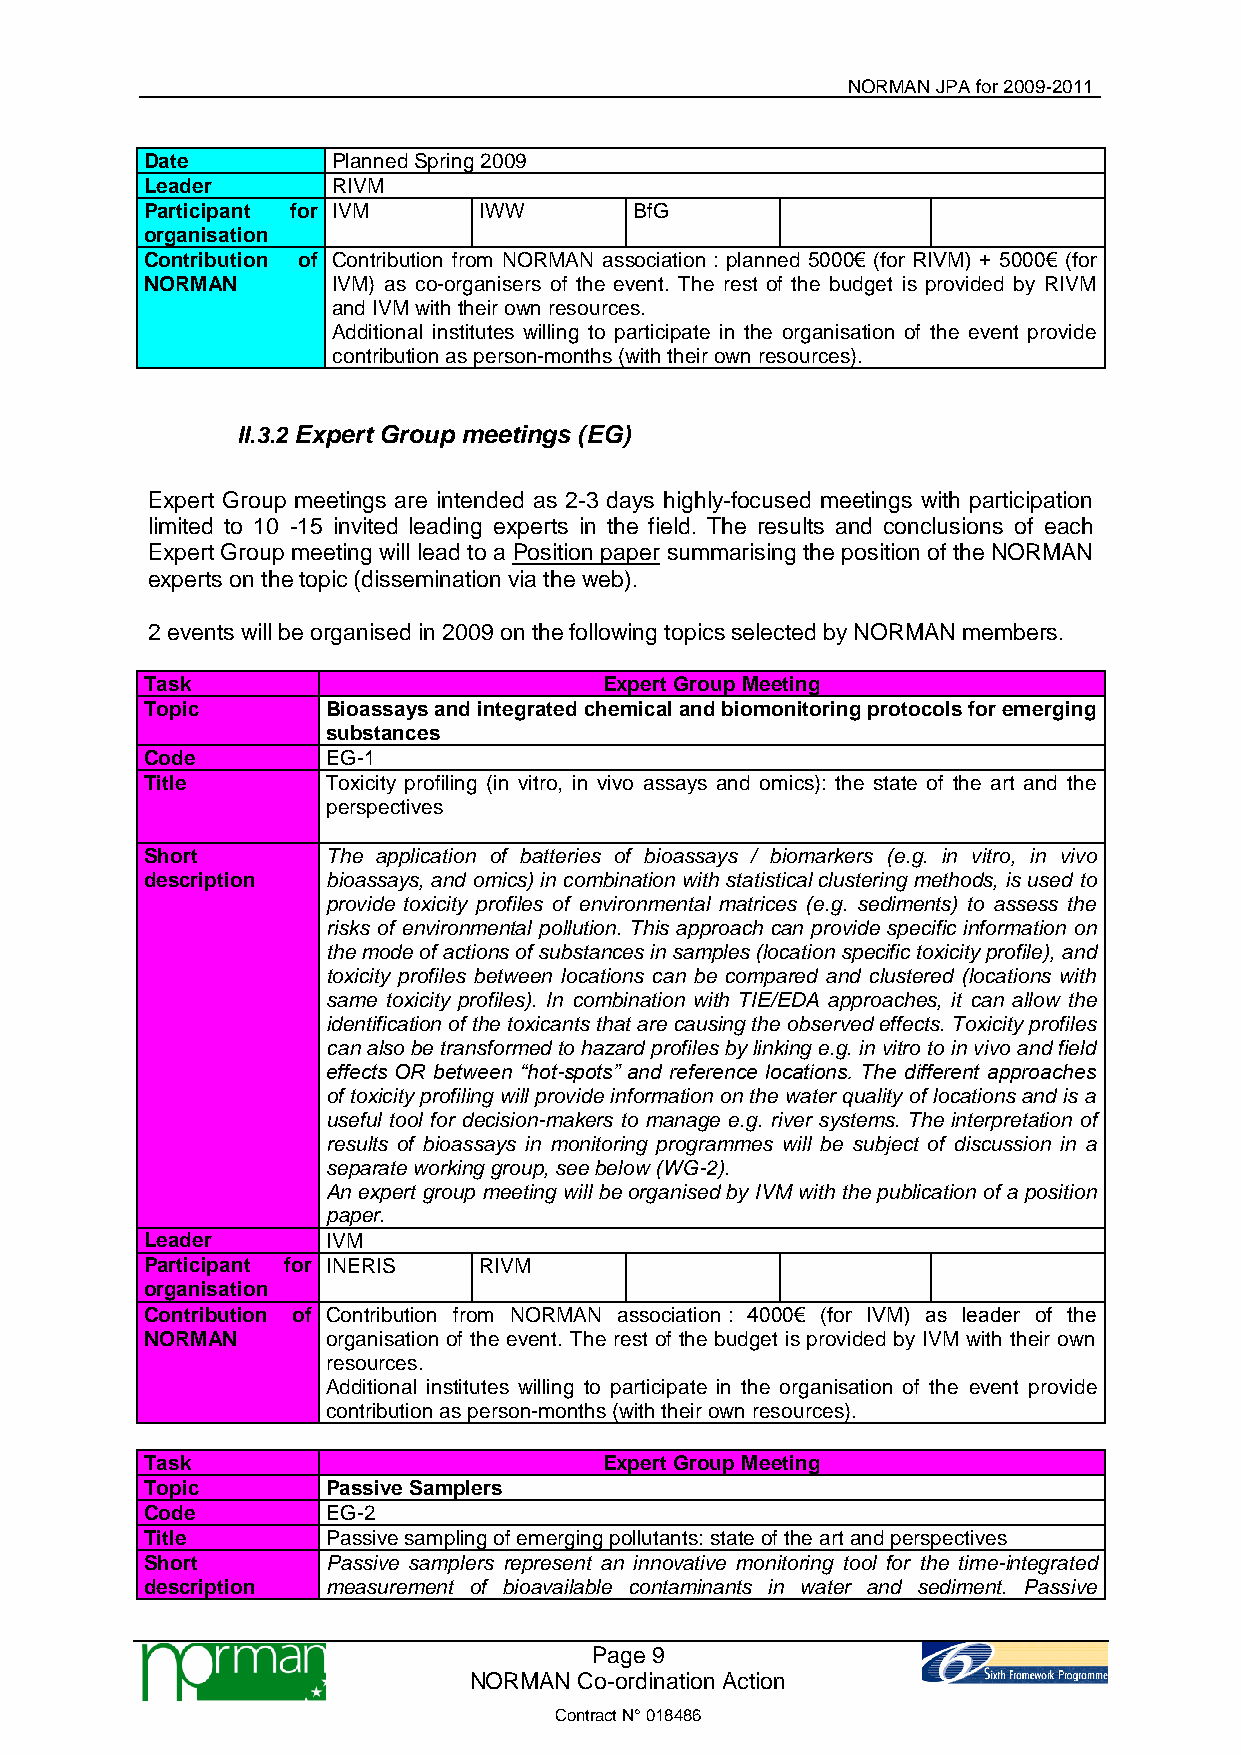
NORMAN JPA for 2009-2011
 Date        Planned Spring 2009
 Leader      RIVM
 Participant for IVM   IWW       BfG
 organisation
 Contribution of Contribution from NORMAN association : planned 5000€ (for RIVM) + 5000€ (for
 NORMAN      IVM) as co-organisers of the event. The rest of the budget is provided by RIVM
 and IVM with their own resources.
 Additional institutes willing to participate in the organisation of the event provide
 contribution as person-months (with their own resources).
 II.3.2 Expert Group meetings (EG)
 Expert Group meetings are intended as 2-3 days highly-focused meetings with participation
 limited to 10 -15 invited leading experts in the field. The results and conclusions of each
 Expert Group meeting will lead to a Position paper summarising the position of the NORMAN
 experts on the topic (dissemination via the web).
 2 events will be organised in 2009 on the following topics selected by NORMAN members.
 Task                          Expert Group Meeting
 Topic       Bioassays and integrated chemical and biomonitoring protocols for emerging
 substances
 Code        EG-1
 Title       Toxicity profiling (in vitro, in vivo assays and omics): the state of the art and the
 perspectives
 Short       The application of batteries of bioassays / biomarkers (e.g. in vitro, in vivo
 description bioassays, and omics) in combination with statistical clustering methods, is used to
 provide toxicity profiles of environmental matrices (e.g. sediments) to assess the
 risks of environmental pollution. This approach can provide specific information on
 the mode of actions of substances in samples (location specific toxicity profile), and
 toxicity profiles between locations can be compared and clustered (locations with
 same toxicity profiles). In combination with TIE/EDA approaches, it can allow the
 identification of the toxicants that are causing the observed effects. Toxicity profiles
 can also be transformed to hazard profiles by linking e.g. in vitro to in vivo and field
 effects OR between “hot-spots” and reference locations. The different approaches
 of toxicity profiling will provide information on the water quality of locations and is a
 useful tool for decision-makers to manage e.g. river systems. The interpretation of
 results of bioassays in monitoring programmes will be subject of discussion in a
 separate working group, see below (WG-2).
 An expert group meeting will be organised by IVM with the publication of a position
 paper.
 Leader      IVM
 Participant for INERIS RIVM
 organisation
 Contribution of Contribution from NORMAN association : 4000€ (for IVM) as leader of the
 NORMAN      organisation of the event. The rest of the budget is provided by IVM with their own
 resources.
 Additional institutes willing to participate in the organisation of the event provide
 contribution as person-months (with their own resources).
 Task                          Expert Group Meeting
 Topic       Passive Samplers
 Code        EG-2
 Title       Passive sampling of emerging pollutants: state of the art and perspectives
 Short       Passive samplers represent an innovative monitoring tool for the time-integrated
 description measurement of bioavailable contaminants in water and sediment. Passive
 Page 9
 NORMAN Co-ordination Action
 Contract N° 018486